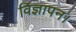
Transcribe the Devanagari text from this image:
विज्ञापन।